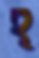
হ্